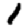
Digit: 1